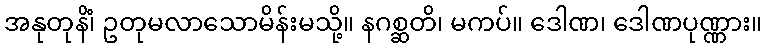
အနုတုနိံ၊ ဥတုမလာသောမိန်းမသို့။ နဂစ္ဆတိ၊ မကပ်။ ဒေါဏ၊ ဒေါဏပုဏ္ဏား။